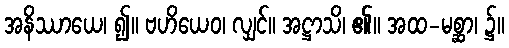
အနိဿာယေ၊ ၍။ ဗဟိယေဝ၊ လျှင်။ အဋ္ဌာသိ၊ ၏။ အထ-မစ္ဆာ၊ ၌။